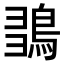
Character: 𪀫